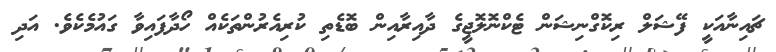
ޗައިނާއަކީ ފޭޝަލް ރިކޮގްނިޝަން ޓެކްނޮލޮޖީގެ ދާއިރާއިން ބޮޑެތި ކުރިއެރުންތަކެއް ހޯދާފައިވާ ގައުމެކެވެ. އަދި